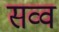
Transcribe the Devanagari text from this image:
सव्व